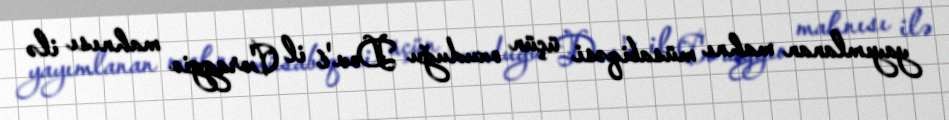
yayımlanan mahnı müsabiqəsi üçün oxuduğu Dov'é il Coraggio mahnısı ilə